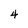
Character: 4